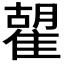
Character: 𩀉